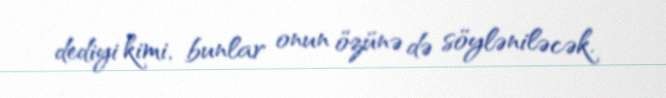
dediyi kimi, bunlar onun özünə də söyləniləcək.